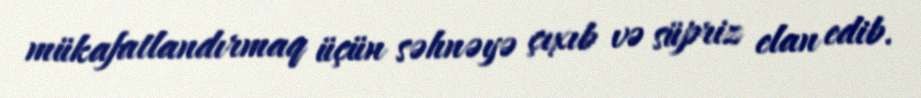
mükafatlandırmaq üçün səhnəyə çıxıb və süpriz elan edib.